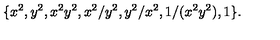
\{ x ^ { 2 } , y ^ { 2 } , x ^ { 2 } y ^ { 2 } , x ^ { 2 } / y ^ { 2 } , y ^ { 2 } / x ^ { 2 } , 1 / ( x ^ { 2 } y ^ { 2 } ) , 1 \} .